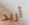
أريد